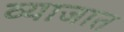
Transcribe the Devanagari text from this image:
व्याजात